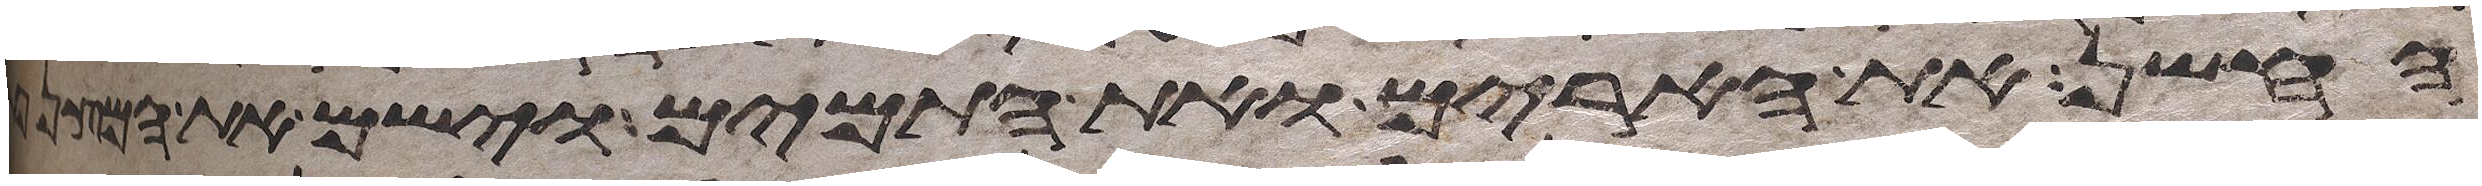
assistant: החשן את הארים ואת התמים וישם את